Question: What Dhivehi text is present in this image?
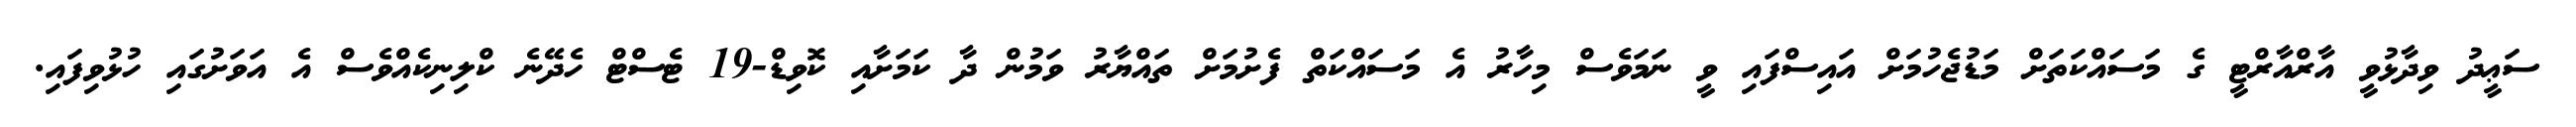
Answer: ސަޢީދު ވިދާޅުވީ އާރްއާރްޓީ ގެ މަސައްކަތަށް މަޑުޖެހުމަށް އައިސްފައި ވީ ނަމަވެސް މިހާރު އެ މަސައްކަތް ފެށުމަށް ތައްޔާރު ވަމުން ދާ ކަމަށާއި ކޮވިޑް-19 ޓެސްޓް ހެދޭނެ ކްލިނިކެއްވެސް އެ އަވަށުގައި ހުޅުވިފައި.